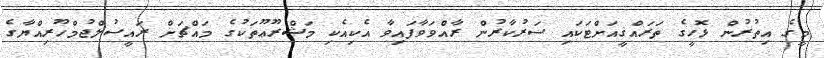
މީގެ އިތުރުން ޅޮހީގެ ތަރައްޤީއަށްޓަކައި ސަރުކާރުން ރާއްވަވާފައިވާ އެކިއެކި މަޝްރޫޢޫތަކުގެ މައްޗަށް ރައީސުލްޖުމްހޫރިއްޔާގެ